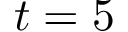
t = 5